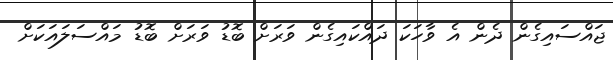
ޖައްސައިގެން ދެން އެ ވާހަކަ ދައްކައިގެން ވަރަށް ބޮޑު ވަރަށް ބޮޑު މައްސަލައަކަށް